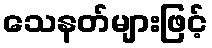
သေနတ်များဖြင့်